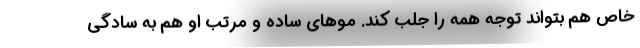
خاص هم بتواند توجه همه را جلب کند. موهای ساده و مرتب او هم به سادگی